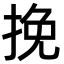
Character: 挽